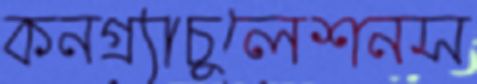
কনগ্র্যাচুলেশনস